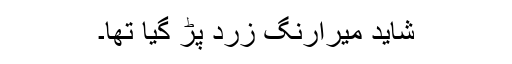
شاید میرارنگ زرد پڑ گیا تھا۔